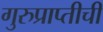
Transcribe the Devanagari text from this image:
गुरुप्राप्तीची